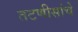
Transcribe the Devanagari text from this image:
तटणीसांचे